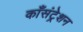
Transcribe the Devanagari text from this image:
काँसंट्रेशन